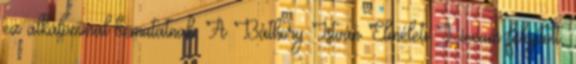
ez alkalommal bemutatnak. A Báthory István Elméleti Líceum felújított,